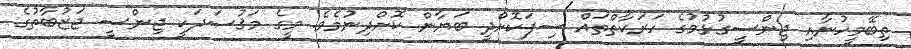
ތިބޭމީހުނާއި ޖިންސީގުޅުމުގެ ހަރަކާތްތައް ސިފަކޮށްދީ ބަޔާން ކޮށްދިނުމެވެ. މީގެ މަޤުޞަދަކީ ޖިންސީ ޖަޒުބާތުގެ